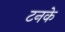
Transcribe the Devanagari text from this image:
टनके